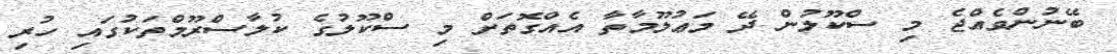
ބޭނުންވެއްޖެ މި ސްކޫލުން ދޭ މަޢުލޫމާތާ އެއްގޮތަށް މި ސްކޫލުގެ ކުލާސްރޫމްތަކުގައި ހުރި